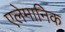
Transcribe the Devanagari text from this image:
एलेमानिक